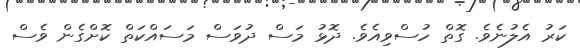
ކަރު އެލުނެވެ. ގޮތް ހުސްވިއެވެ. ދޮޅު މަސް ދުވަސް މަސައްކަތް ކޮށްގެން ވެސް